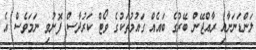
ލަންޑަނަށާއި ރާއްޖޭން ބޭރުގެ ބައެއް ގައުމުތަކުގެ ވޯޓް ކަރުދާސް ފޮނުވި ނަމަވެސް އެ